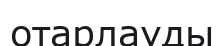
отарлауды